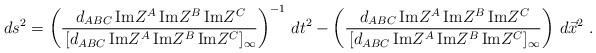
LaTeX: \begin{align*}ds^2 = \left( { \, d_{ABC} \, {\rm Im} Z^A \, {\rm Im} Z^B \, {\rm Im} Z^C\over \, [d_{ABC} \, {\rm Im} Z^A \, {\rm Im} Z^B \, {\rm Im} Z^C]_\infty}\right )^{-1}\, dt^2 -\left( { \, d_{ABC} \, {\rm Im} Z^A \, {\rm Im} Z^B \, {\rm Im} Z^C \over\, [d_{ABC} \, {\rm Im} Z^A \, {\rm Im} Z^B \, {\rm Im} Z^C]_\infty }\right)\,d\vec x^2 \ .\end{align*}